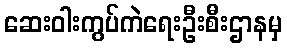
ဆေးဝါးကွပ်ကဲရေးဦးစီးဌာနမှ